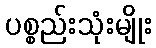
ပစ္စည်းသုံးမျိုး